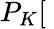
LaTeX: P_{K}[\